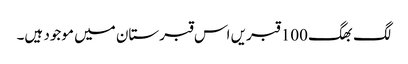
لگ بھگ 100 قبریں اس قبرستان میں موجود ہیں۔